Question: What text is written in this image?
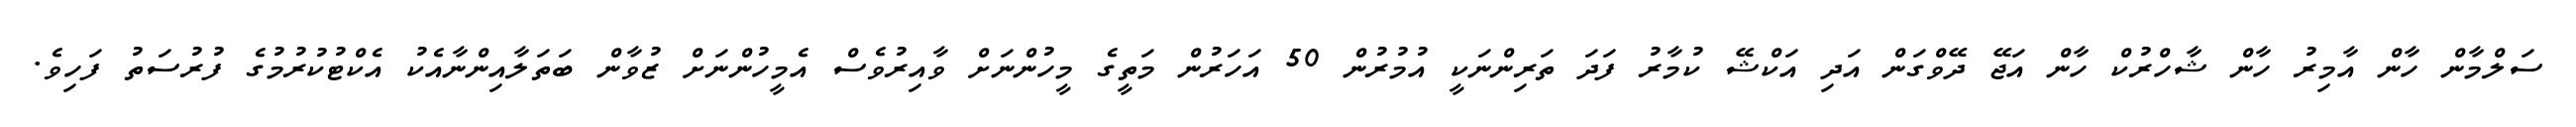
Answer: ސަލްމާން ހާން އާމިރު ހާން ޝާހްރުކް ހާން އަޖޭ ދޭވްގަން އަދި އަކްޝޭ ކުމާރު ފަދަ ތަރިންނަކީ އުމުރުން 50 އަހަރުން މަތީގެ މީހުންނަށް ވާއިރުވެސް އެމީހުންނަށް ޒުވާން ބަތަލާއިންނާއެކު އެކްޓުކުރުމުގެ ފުރުސަތު ފަހިވެ.